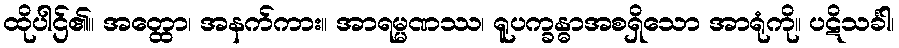
ထိုပါဌ်၏။ အတ္ထော၊ အနက်ကား။ အာရမ္မဏဿ၊ ရူပက္ခန္ဓာအစရှိသော အာရုံကို။ ပဋိသင်္ခါ၊